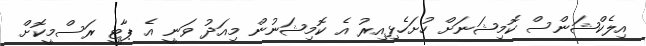
އިލެކްޝަންސް ކޮމިޝަނަށް ހުށަހެޅިއިރު އެ ކޮމިޝަނުން މިއަދު ވަނީ އެ ޕާޓީ ރަސްމީކޮށް